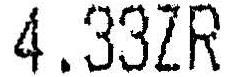
4.33ZR